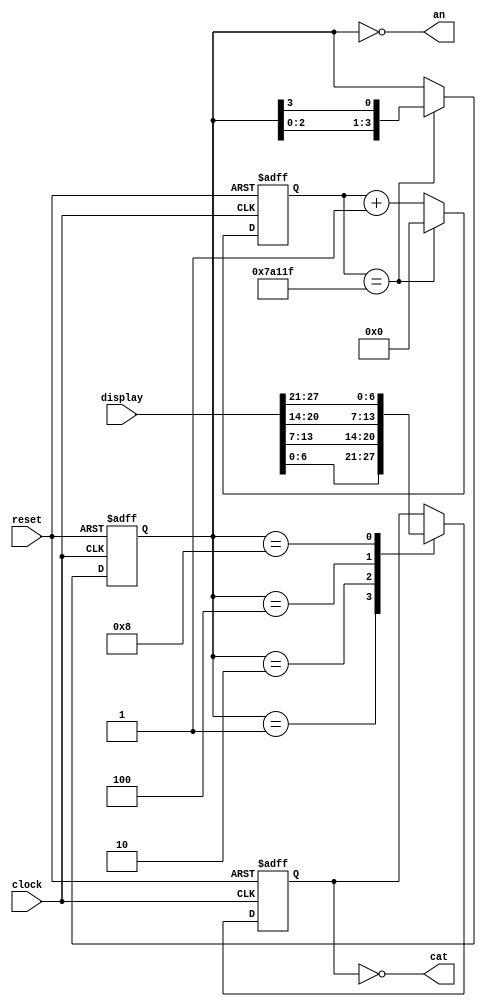
`timescale 1ns / 1ps
//////////////////////////////////////////////////////////////////////////////////
// 
// Module Name: an_cat_coord
// 
// Description: The Anode Cathode Coordinator coordinates the anode and cathode
// signals to display the 4 digits 7-segment display inputs.
// 
// 
//////////////////////////////////////////////////////////////////////////////////


module an_cat_coord(
    input clock,
    input reset,
    input [27:0] display,
    output [3:0] an,
    output [6:0] cat
    );
    
//----------------------------------------------------
//--------------------CHOOSE ANODE--------------------
//----------------------------------------------------
    parameter basys_clk = 100 * 10**6;          //clock at 100 MHz
    parameter an_clk = (basys_clk / 200) - 1;   //anodes switch at 200Hz
    reg [31:0] an_counter = 0;
    reg [3:0] an_pos = 4'b0001;
    
    always @ (posedge clock, posedge reset)
        begin
        if (reset)                              //RESET BUTTON
            begin
            an_counter <= 0;
            an_pos <= 4'b0001;
            end
        else if (an_counter == an_clk)
            begin
            an_counter <= 0;
            an_pos <= {an_pos[2:0], an_pos[3]};
            end
        else an_counter <= an_counter + 1;
        end
        
    assign an = ~an_pos;
//----------------------------------------------------
//--------------------CHOOSE CATHD--------------------
//----------------------------------------------------
    reg [6:0] choice = 7'b0111111;
    
    always @ (posedge clock, posedge reset)
        begin
        if (reset) choice <= 7'b0111111;
        else
            case (an_pos)
                4'b0001 : choice <= display[6:0];
                4'b0010 : choice <= display[13:7];
                4'b0100 : choice <= display[20:14];
                4'b1000 : choice <= display[27:21];
                default : choice <= choice;
            endcase
        end
    
   
    assign cat = ~choice;
    
endmodule